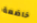
خاضعة